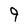
Character: 9